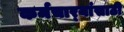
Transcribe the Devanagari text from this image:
कर्मचार्‍यांसाठी